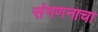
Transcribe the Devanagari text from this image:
संगणनाचा